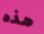
هذه